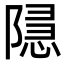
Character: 𮥚